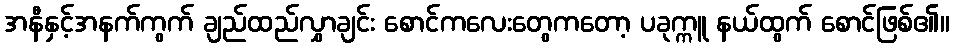
အနီနှင့်အနက်ကွက် ချည်ထည်လွှာချင်း စောင်ကလေးတွေကတော့ ပခုက္ကူ နယ်ထွက် စောင်ဖြစ်၏။